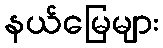
နယ်မြေများ